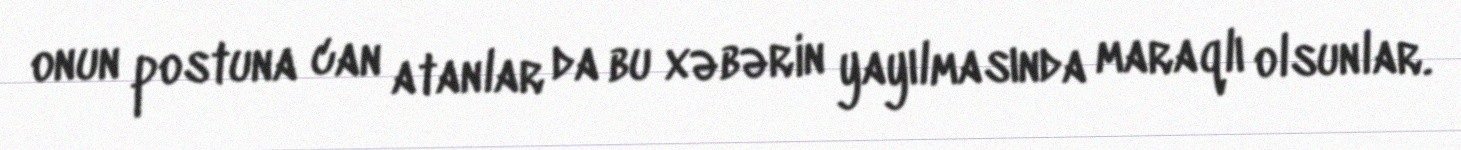
onun postuna can atanlar da bu xəbərin yayılmasında maraqlı olsunlar.